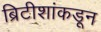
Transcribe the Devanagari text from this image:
ब्रिटीशांकडून